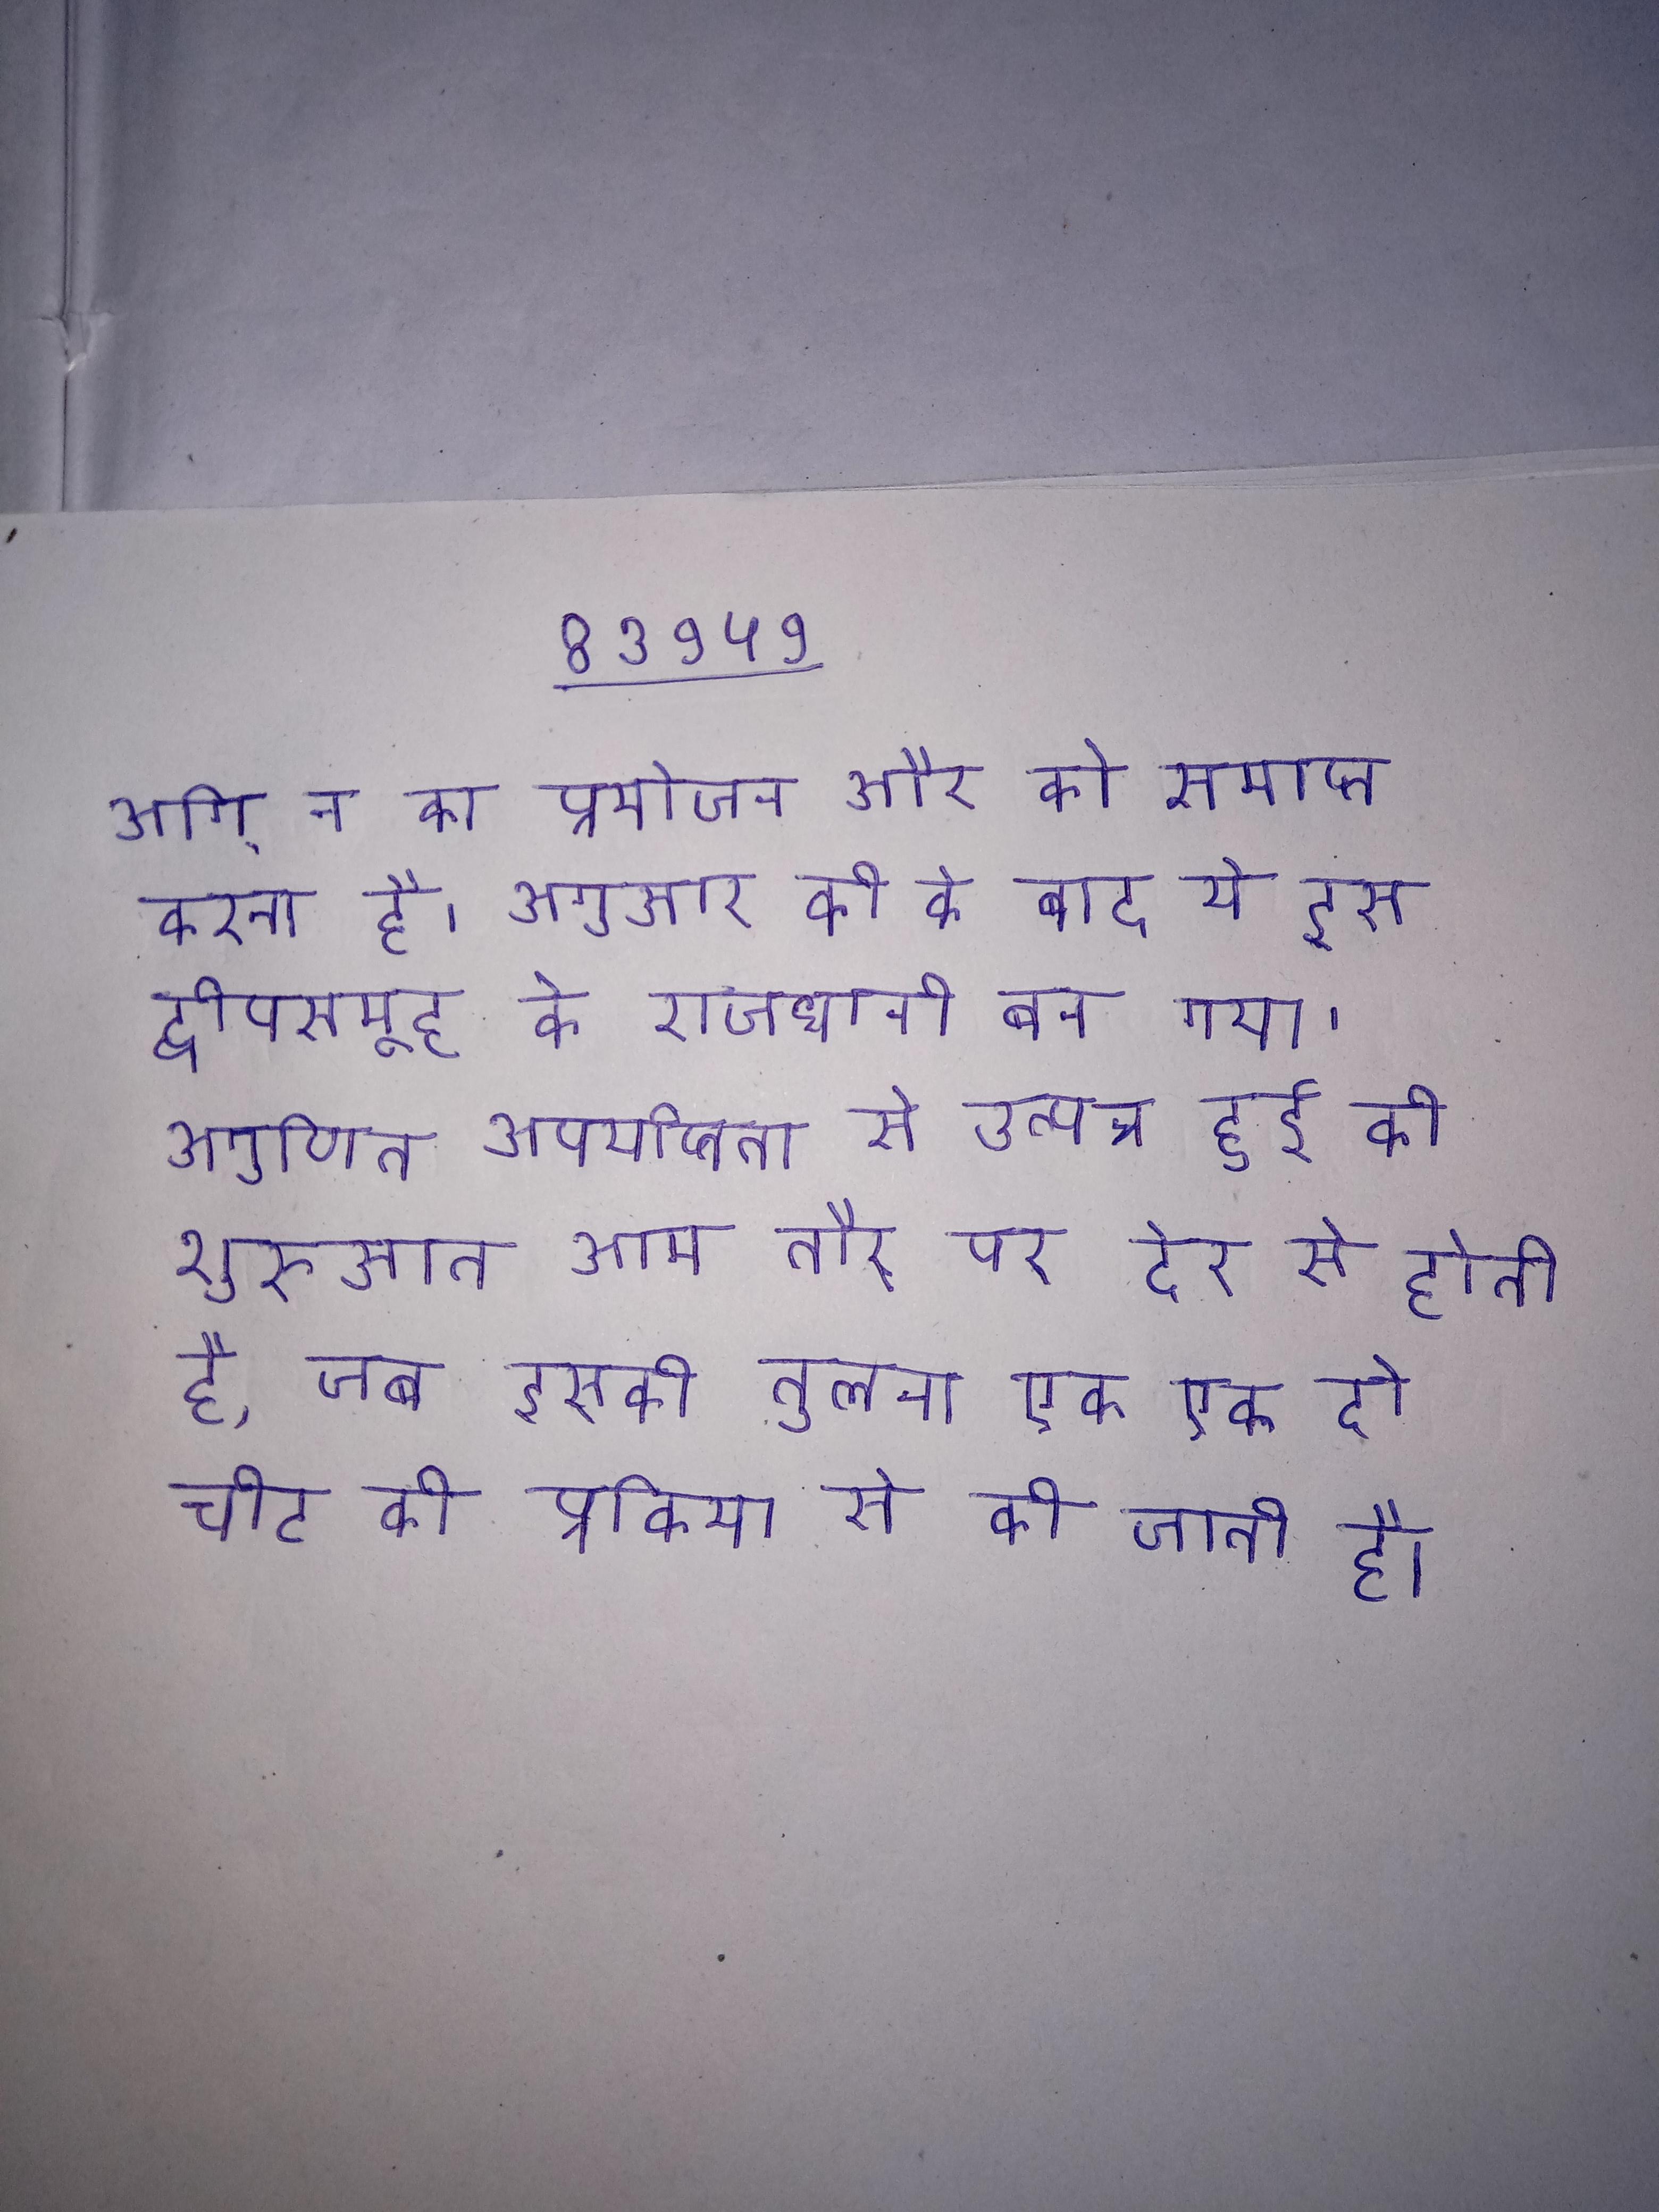
अगि् न का प्रयोजन और को समाप्त करना है । अगुआर की के बाद ये इस द्वीपसमूह के राजधानी बन गया । अगुणित अपर्याप्तता से उत्पन्न हुई की शुरुआत आम तौर पर देर से होती है, जब इसकी तुलना एक एक दो चोट की प्रक्रिया से की जाती है ।